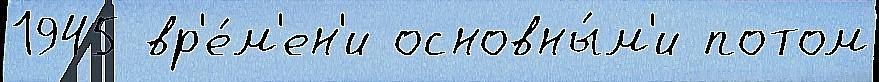
1945 вр'е́м'ен'и основны́м'и потом